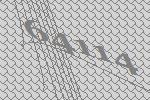
64114